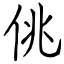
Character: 佻